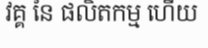
វគ្គ នៃ ផលិតកម្ម ហើយ